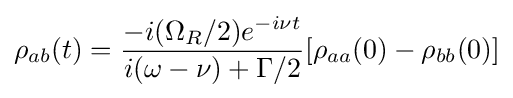
\rho _{ab}(t)={\frac {-i(\Omega _{R}/2)e^{-i\nu t}}{i(\omega -\nu )+\Gamma /2}}[\rho _{aa}(0)-\rho _{bb}(0)]